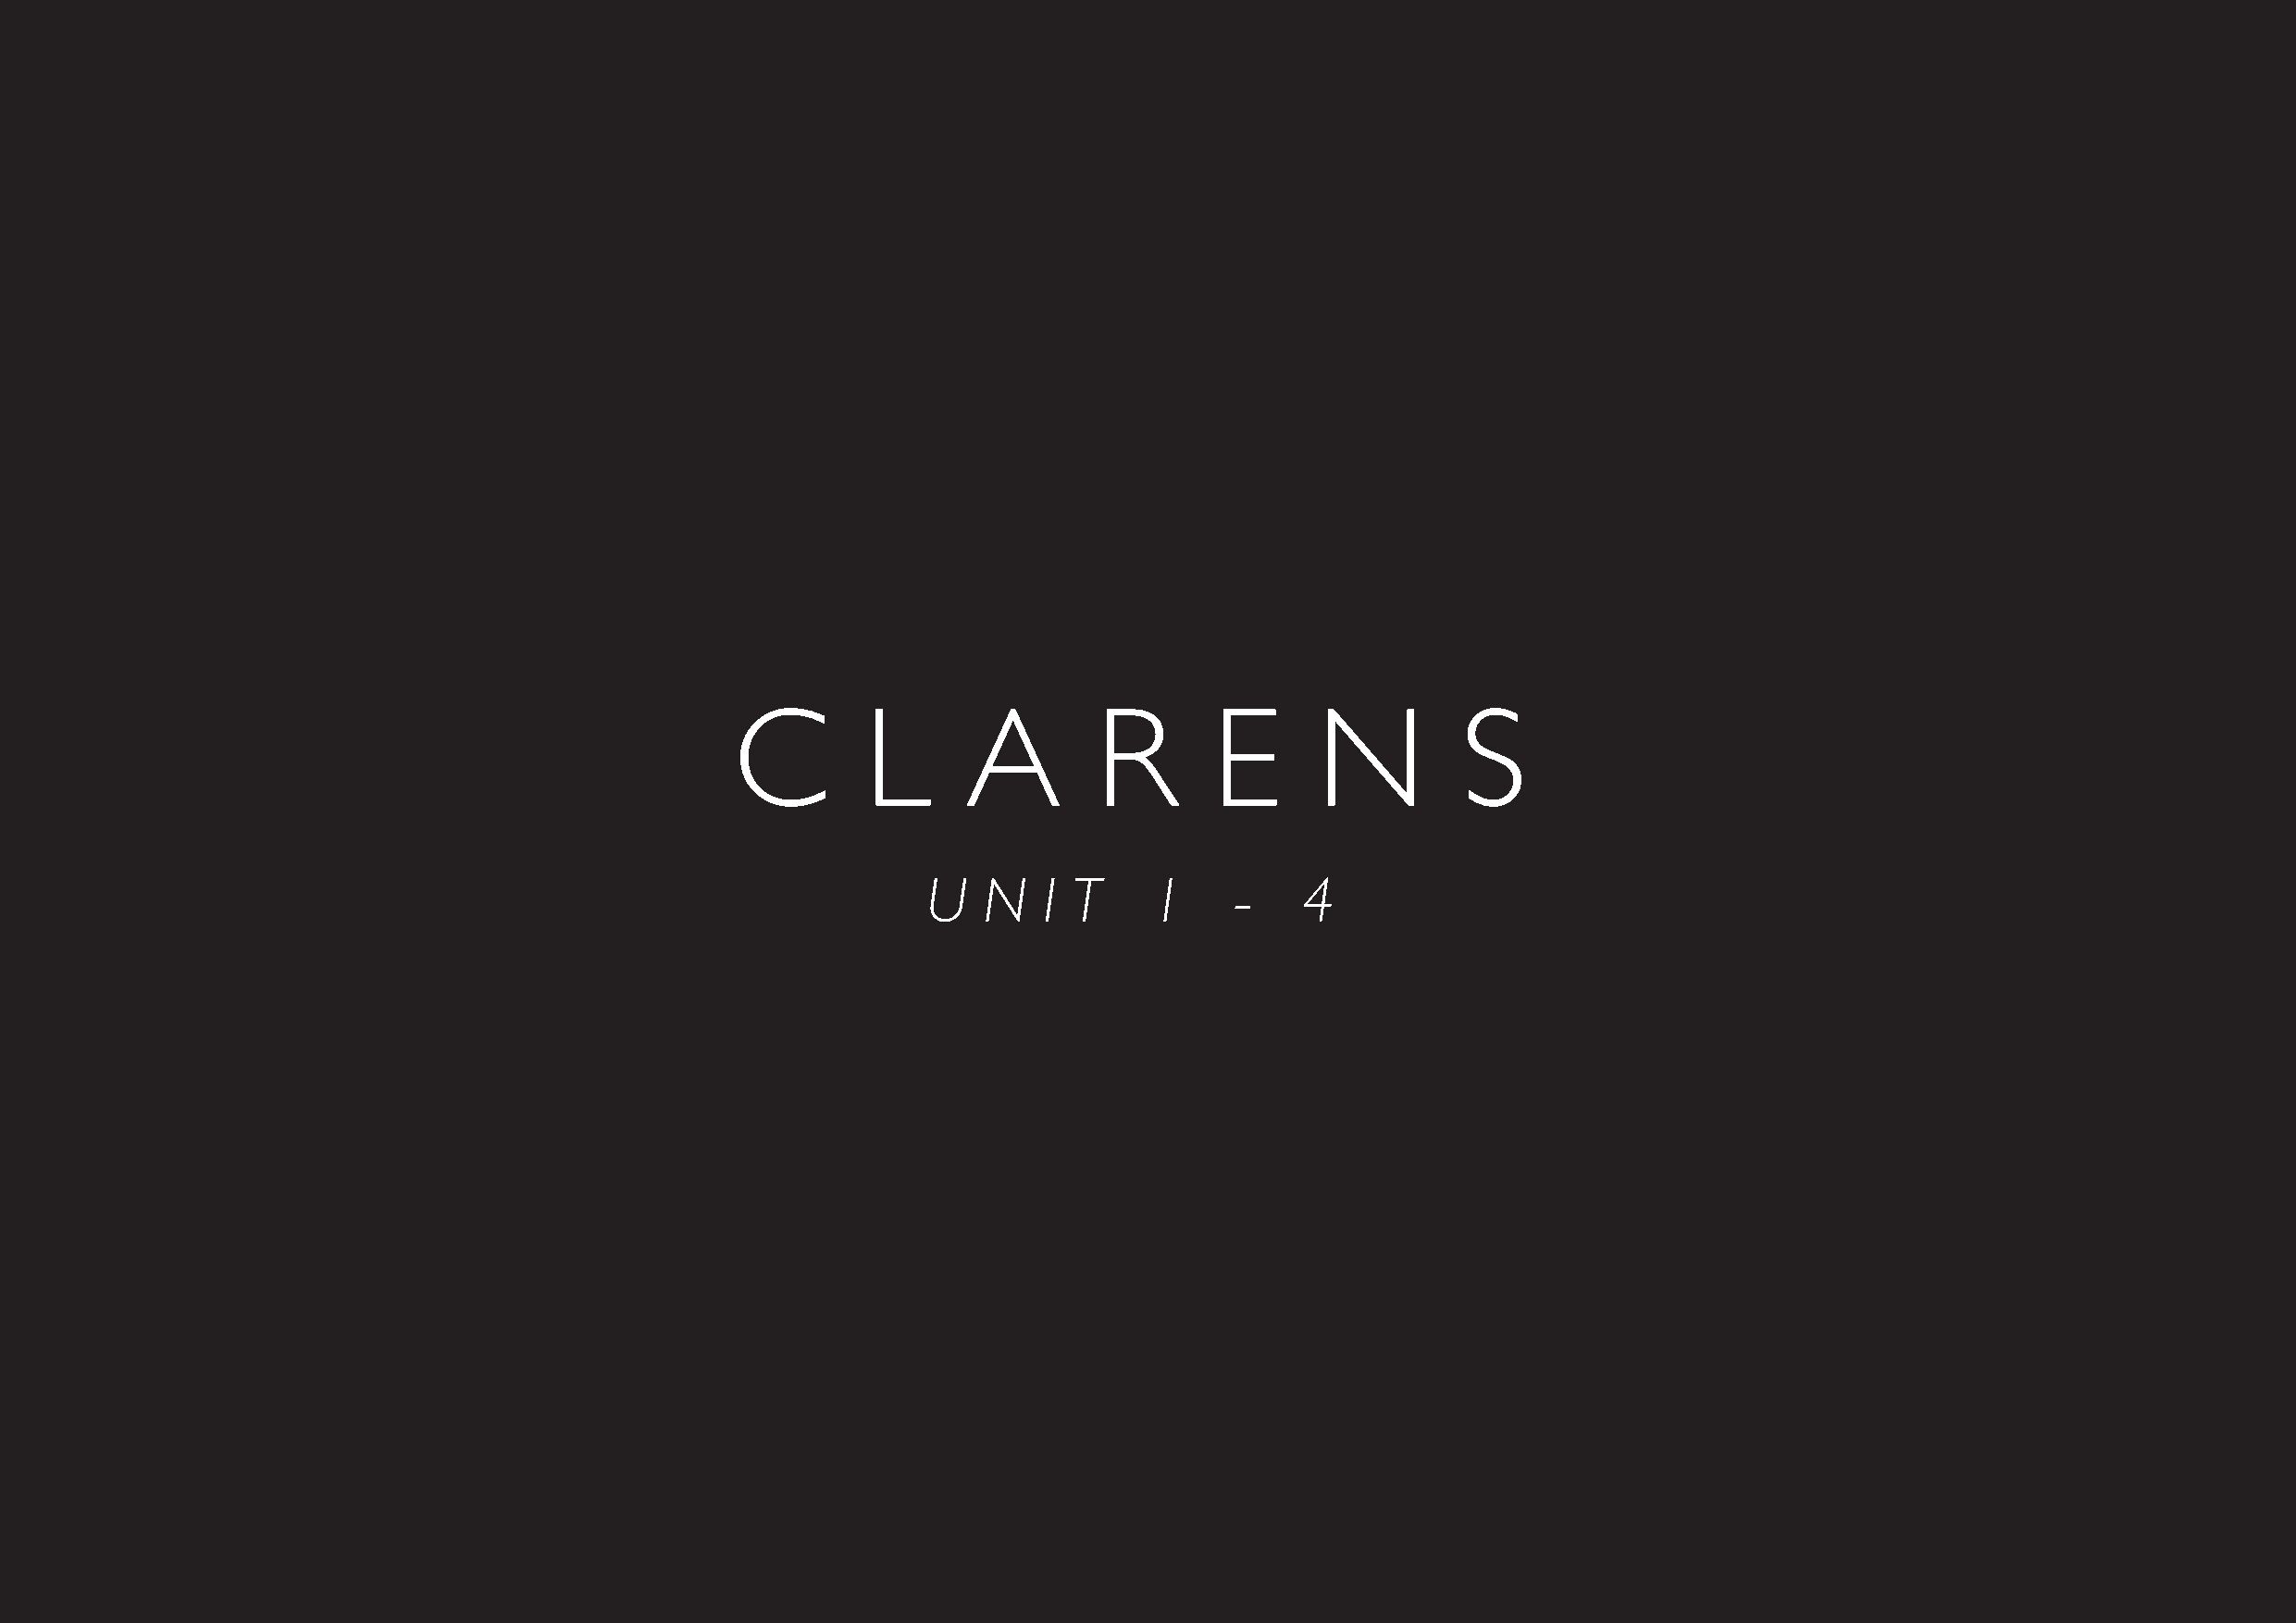
C         L      A        R        E      N         S
 U   N    I T    1     -    4